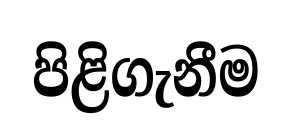
පිළිගැනීම